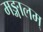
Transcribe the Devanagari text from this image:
मङ्गालम्